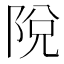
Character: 𨹪